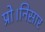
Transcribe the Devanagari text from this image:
प्रो।निसार